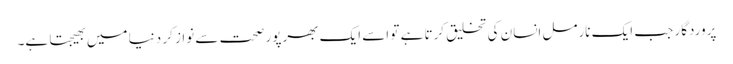
پروردگار جب ایک نارمل انسان کی تخلیق کرتا ہے تو اسے ایک بھرپور صحت سے نواز کر دنیا میں بھیجتا ہے۔